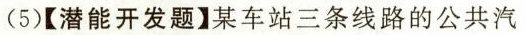
(5)【潜能开发题】某车站三条线路的公共汽